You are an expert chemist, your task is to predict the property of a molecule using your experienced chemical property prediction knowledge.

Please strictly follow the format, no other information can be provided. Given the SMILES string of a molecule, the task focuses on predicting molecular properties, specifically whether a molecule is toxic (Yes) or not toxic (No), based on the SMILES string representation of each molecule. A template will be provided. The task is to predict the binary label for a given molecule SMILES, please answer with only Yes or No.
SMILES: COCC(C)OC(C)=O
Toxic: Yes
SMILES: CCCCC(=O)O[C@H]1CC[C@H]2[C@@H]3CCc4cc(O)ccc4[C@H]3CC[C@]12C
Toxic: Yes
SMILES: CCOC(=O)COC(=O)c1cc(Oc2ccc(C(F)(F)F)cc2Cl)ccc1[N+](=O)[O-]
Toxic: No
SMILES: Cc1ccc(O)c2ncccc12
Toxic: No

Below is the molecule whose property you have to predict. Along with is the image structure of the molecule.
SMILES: ClCCN(CCCl)CCCl
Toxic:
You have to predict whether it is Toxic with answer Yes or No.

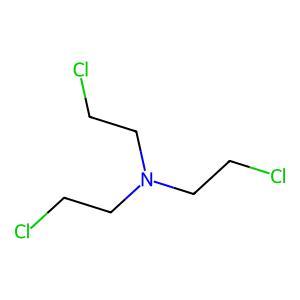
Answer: No